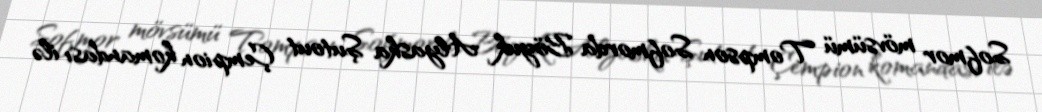
Sofmor mövsümü Tompson Sofmorda Böyuk Alyaska Şutout Çempion komandası ilə